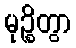
မုဉ္စိတွာ